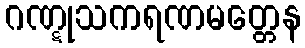
ဂဏ္ဋုသကရဏမတ္တေန